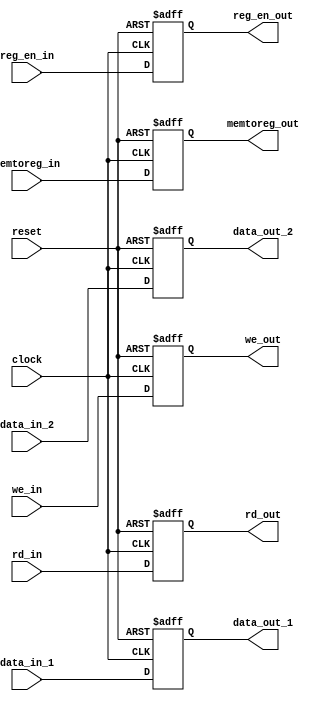
module ex_mem ( 
	input wire [31:0] data_in_1,
	input wire [31:0] data_in_2,
	input wire [4:0] rd_in,
	input wire memtoreg_in,
	input wire we_in,
	input wire reg_en_in,
	input wire clock,
	input wire reset,
	
	output reg [31:0] data_out_1,
	output reg [31:0] data_out_2,
	output reg [4:0] rd_out,
	output reg memtoreg_out,
	output reg we_out,
	output reg reg_en_out
);
	
	always @(posedge clock or posedge reset) begin
	if (reset == 1'b1) begin
		data_out_1 = 0;
		data_out_2 = 0;
		rd_out = 0;
		memtoreg_out = 0;
		we_out = 0;
		reg_en_out = 0;
	end else begin
		data_out_1 = data_in_1;
		data_out_2 = data_in_2;
		rd_out = rd_in;
		memtoreg_out = memtoreg_in;
		we_out = we_in;
		reg_en_out = reg_en_in;
	end
	end	
	

endmodule